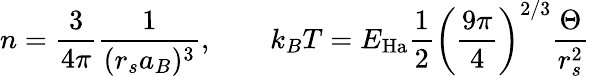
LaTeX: n=\frac{3}{4\pi}\frac{1}{(r_{s}a_{B})^{3}},\qquad k_{B}T=E_{\mathrm{Ha}}\frac{1}{2}\left(\frac{9\pi}{4}\right)^{2/3}\frac{\Theta}{r_{s}^{2}}